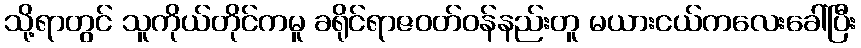
သို့ရာတွင် သူကိုယ်တိုင်ကမူ ခရိုင်ရာဇဝတ်ဝန်နည်းတူ မယားငယ်ကလေးခေါ်ပြီး